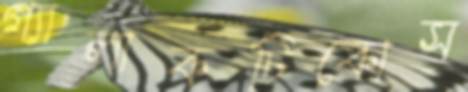
গ্যালাকটিকোস